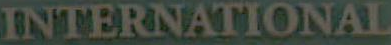
INTERNATIONAL